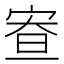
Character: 𡨵